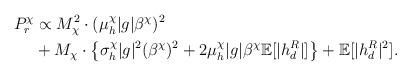
LaTeX: \begin{align*} P^\chi_r &\propto M_\chi^2\cdot (\mu^\chi_h|g|\beta^\chi)^2 \\ & + M_\chi\cdot\big\{\sigma^\chi_h|g|^2(\beta^\chi)^2 + 2\mu^\chi_h|g|\beta^\chi \mathbb{E}[|h^R_d|] \big\}+\mathbb{E}[|h^R_d|^2]. \end{align*}